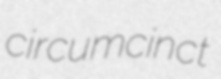
circumcinct